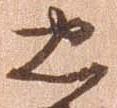
忠